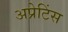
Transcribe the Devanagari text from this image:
अप्रेटिंस